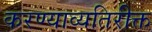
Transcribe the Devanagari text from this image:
करण्याव्यतिरीक्त